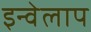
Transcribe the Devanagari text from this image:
इन्वेलाप